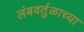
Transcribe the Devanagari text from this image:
लंबवर्तुळाच्या